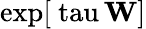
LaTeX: \mathrm{{exp}[\ tau\, \mathbf{W}]}